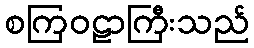
စကြဝဠာကြီးသည်